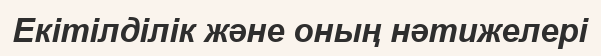
Екітілділік және оның нәтижелері